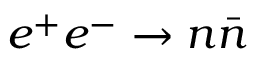
e ^ { + } e ^ { - } \to n \bar { n }